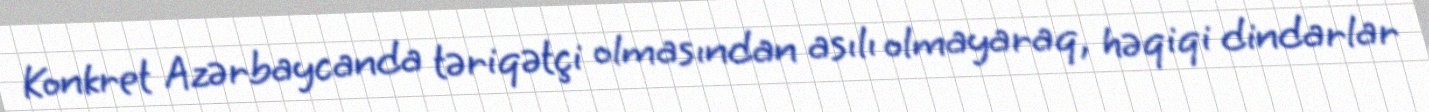
Konkret Azərbaycanda təriqətçi olmasından asılı olmayaraq, həqiqi dindarlar